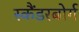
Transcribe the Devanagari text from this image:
स्कैंडरबोर्ग